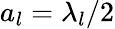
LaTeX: a_{l}=\lambda_{l}/2